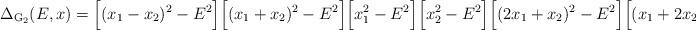
LaTeX: \begin{align*}\Delta_{{\rm G}_2}(E,x)=\Big[(x_1-x_2)^2-E^2 \Big]\Big[ (x_1+x_2)^2-E^2 \Big] \Big[ x_1^2-E^2 \Big] \Big[ x_2^2-E^2 \Big]\Big[(2 x_1 +x_2)^2-E^2 \Big] \Big[ (x_1+2x_2)^2-E^2 \Big]\end{align*}